Report on vaccination in the Province of Bengal - 1869-1873
Year: 1869
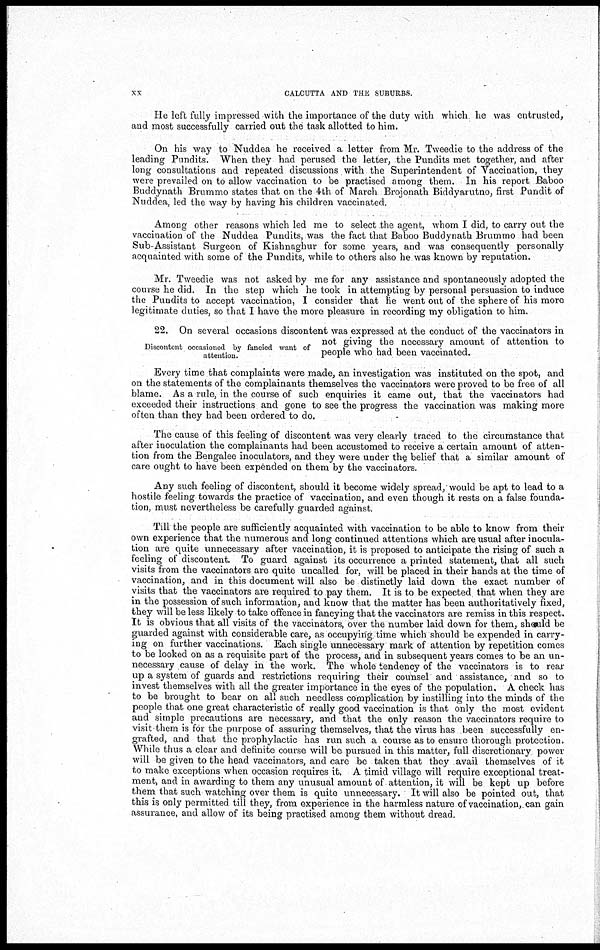
xx
CALCUTTA AND THE SUBURBS.
He left fully impressed with the importance of the duty with which he was entrusted,
and most successfully carried out the task allotted to him.
On his way to Nuddea he received a letter from Mr. Tweedie to the address of the
leading Pundits. When they had perused the letter, the Pundits met together, and after
long consultations and repeated discussions with the Superintendent of Vaccination, they
were prevailed on to allow vaccination to be practised among them. In his report Baboo
Buddynath Brummo states that on the 4th of March Brojonath Biddyarutno, first Pundit of
Nuddea, led the way by having his children vaccinated.
Among other reasons which led me to select the agent, whom I did, to carry out the
vaccination of the Nuddea Pundits, was the fact that Baboo Buddynath Brummo had been
Sub-Assistant Surgeon of Kishnaghur for some years, and was consequently personally
acquainted with some of the Pundits, while to others also he was known by reputation.
Mr. Tweedie was not asked by me for any assistance and spontaneously adopted the
course he did. In the step which he took in attempting by personal persuasion to induce
the Pundits to accept vaccination, I consider that he went out of the sphere of his more
legitimate duties, so that I have the more pleasure in recording my obligation to him.
Discontent occasioned by fancied want of
attention.
22. On several occasions discontent was expressed at the conduct of the vaccinators in
not giving the necessary amount of attention to
people who had been vaccinated.
Every time that complaints were made, an investigation was instituted on the spot, and
on the statements of the complainants themselves the vaccinators were proved to be free of all
blame. As a rule, in the course of such enquiries it came out, that the vaccinators had
exceeded their instructions and gone to see the progress the vaccination was making more
often than they had been ordered to do.
The cause of this feeling of discontent was very clearly traced to the circumstance that
after inoculation the complainants had been accustomed to receive a certain amount of atten-
tion from the Bengalee inoculators, and they were under the belief that a similar amount of
care ought to have been expended on them by the vaccinators.
Any such feeling of discontent, should it become widely spread, would be apt to lead to a
hostile feeling towards the practice of vaccination, and even though it rests on a false founda-
tion, must nevertheless be carefully guarded against.
Till the people are sufficiently acquainted with vaccination to be able to know from their
own experience that the numerous and long continued attentions which are usual after inocula-
tion are quite unnecessary after vaccination, it is proposed to anticipate the rising of such a
feeling of discontent. To guard against its occurrence a printed statement, that all such
visits from the vaccinators are quite uncalled for, will be placed in their hands at the time of
vaccination, and in this document will also be distinctly laid down the exact number of
visits that the vaccinators are required to pay them. It is to be expected that when they are
in the possession of such information, and know that the matter has been authoritatively fixed,
they will be less likely to take offence in fancying that the vaccinators are remiss in this respect.
It is obvious that all visits of the vaccinators, over the number laid down for them, should be
guarded against with considerable care, as occupying time which should be expended in carry-
ing on further vaccinations. Each single unnecessary mark of attention by repetition comes
to be looked on as a requisite part of the process, and in subsequent years comes to be an un-
necessary cause of delay in the work. The whole tendency of the vaccinators is to rear
up a system of guards and restrictions requiring their counsel and assistance, and so to
invest themselves with all the greater importance in the eyes of the population. A check has
to be brought to bear on all such needless complication by instilling into the minds of the
people that one great characteristic of really good vaccination is that only the most evident
and simple precautions are necessary, and that the only reason the vaccinators require to
visit them is for the purpose of assuring themselves, that the virus has been successfully en-
grafted, and that the prophylactic has run such a course as to ensure thorough protection.
While thus a clear and definite course will be pursued in this matter, full discretionary power
will be given to the head vaccinators, and care be taken that they avail themselves of it
to make exceptions when occasion requires it. A timid village will require exceptional treat-
ment, and in awarding to them any unusual amount of attention, it will be kept up before
them that such watching over them is quite unnecessary. It will also be pointed out, that
this is only permitted till they, from experience in the harmless nature of vaccination, can gain
assurance, and allow of its being practised among them without dread.